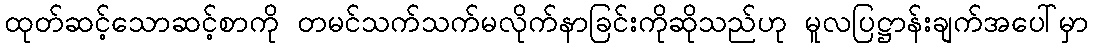
ထုတ်ဆင့်သောဆင့်စာကို တမင်သက်သက်မလိုက်နာခြင်းကိုဆိုသည်ဟု မူလပြဋ္ဌာန်းချက်အပေါ်မှာ